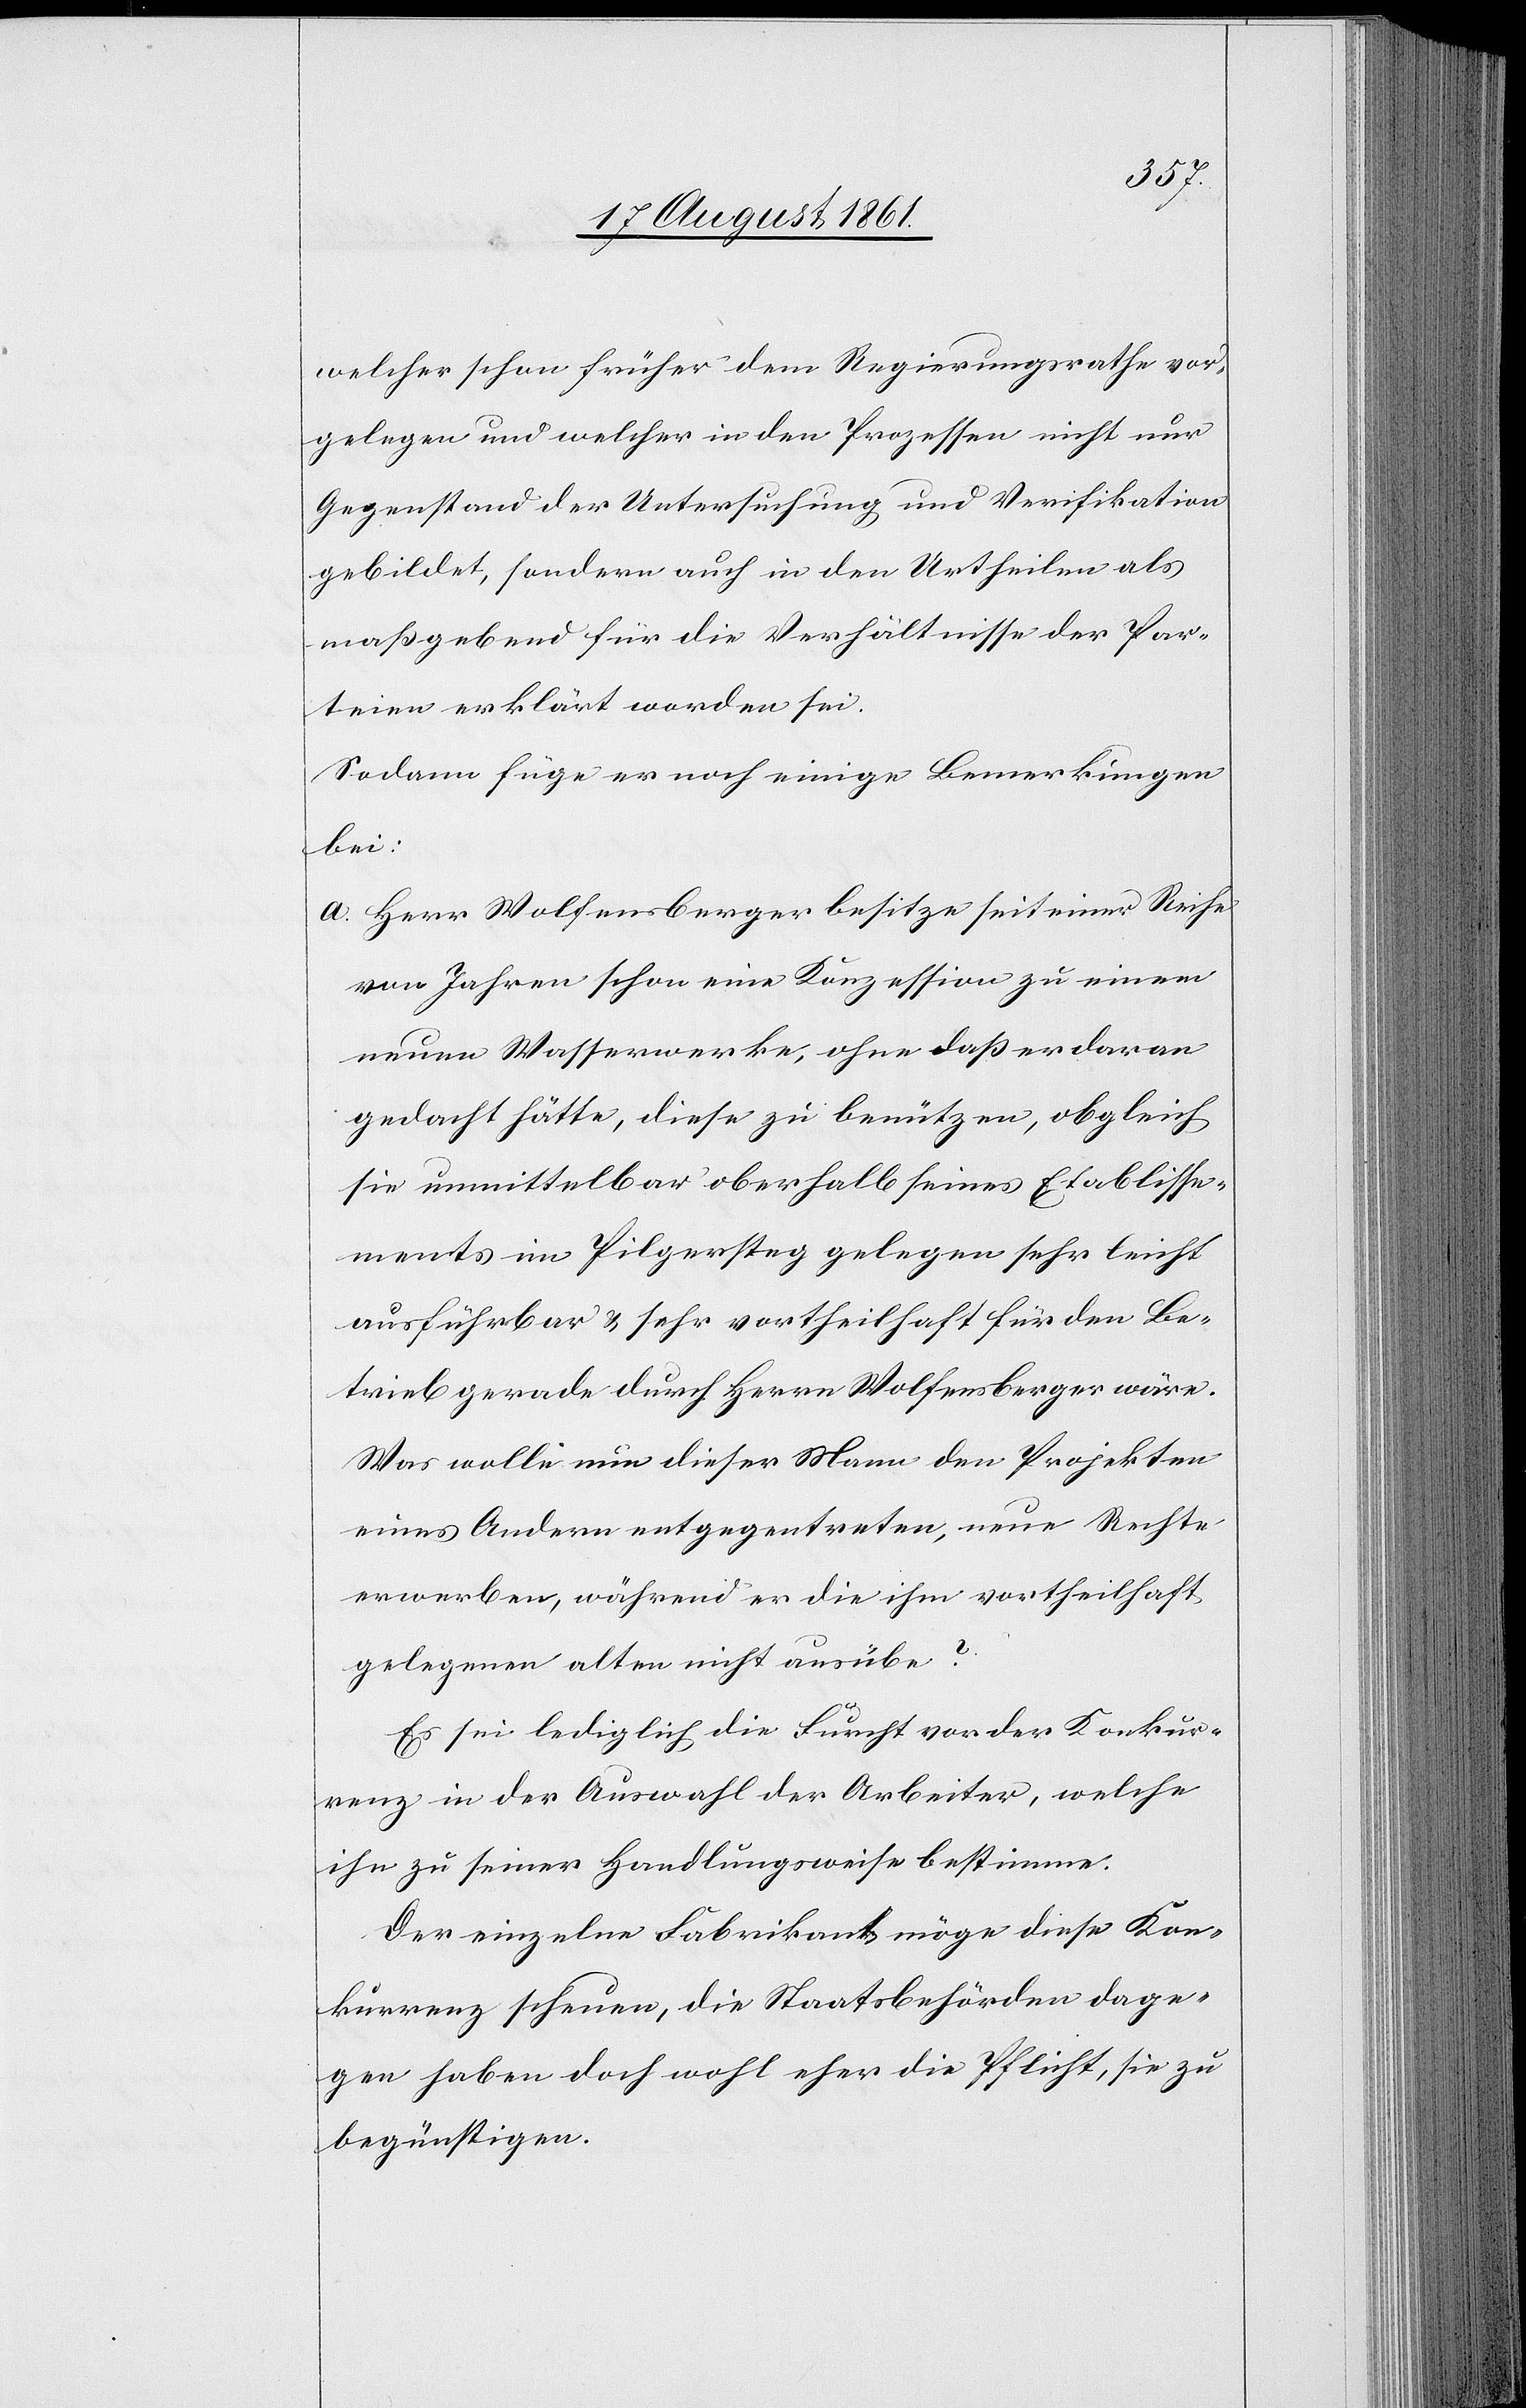
welcher schon früher dem Regierungsrathe vor¬
gelegen und welcher in den Prozessen nicht nur
Gegenstand der Untersuchung und Verifikation
gebildet, sondern auch in den Urtheilen als
maßgebend für die Verhältnisse der Par¬
teien erklärt worden sei.
Sodann füge er noch einige Bemerkungen
bei:
a. Herr Wolfensberger besitze seit einer Reihe
von Jahren schon eine Konzession zu einem
neuen Wasserwerke, ohne daß er daran
gedacht hätte, diese zu benützen, obgleich
sie unmittelbar oberhalb seines Etablisse¬
ments im Pilgersteg gelegen sehr leicht
ausführbar u. sehr vortheilhaft für den Be¬
trieb gerade durch Herrn Wolfensberger wäre.
Was wolle nun dieser Mann den Projekten
eines Andern entgegentreten, neue Rechte
erwerben, während er die ihm vortheilhaft
gelegenen alten nicht ausübe?
Es sei lediglich die Furcht vor der Konkur¬
renz in der Auswahl der Arbeiter, welche
ihn zu seiner Handlungsweise bestimme.
Der einzelne Fabrikant möge diese Kon¬
kurrenz scheuen, die Stadtbehörden dage¬
gen haben doch wohl eher die Pflicht, sie zu
begünstigen.